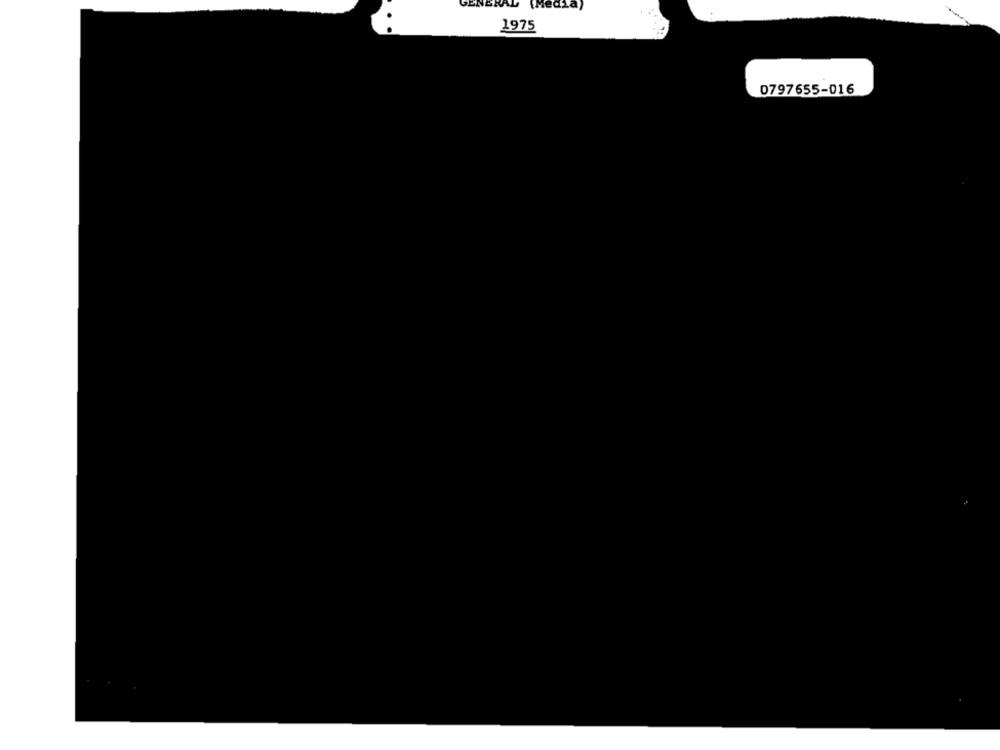
GENERAL
(Media)
1975
0797655-016